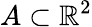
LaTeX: A\subset\mathbb{R}^{2}